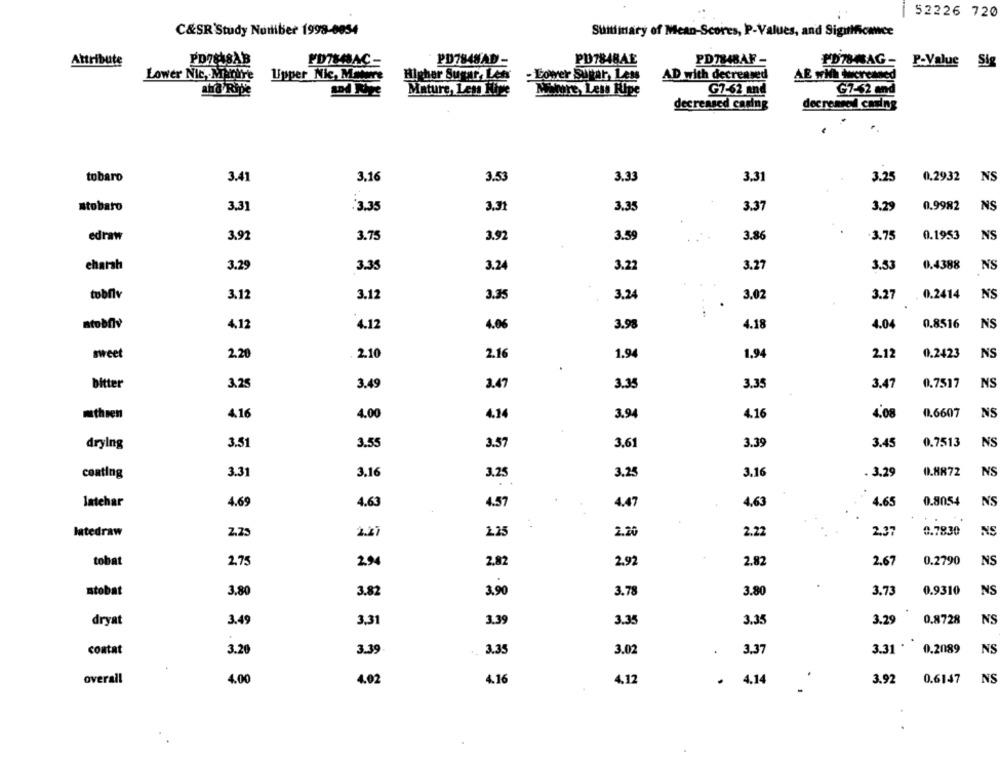
52226 720
C&SR'Study Nurliber 1998-0054
Suitimmary of Mean-Scores, P-Values, and Siginificance
PD78MAC-
PD7848AD-
PD7848AE
PD784BAF-
PD78MAG-
Attribute
P-Value Sig
Lower Nic, Marine
Upper Nic, Matare
Higher Sugar, Lets
- Lower Supar, Less
AD with decreased
AE wHh increased
ahid Ripe
Mature, Les Kive
Mature Less Ripe
G7-62 and
G7-62 and
decreased caring
tobaro
3.41
3.16
3.53
3.33
3.3
3.25
0.2932
NS
3.31
:3.35
3.31
3.35
3.37
3.29
0.9982
NS
Mtobaro
edraw
3.92
3.75
3.92
3.59
3.86
3.75
0.1953
NS
eharsh
3.29
3.35
3.24
3.22
3.27
3.53
0.4388
NS
tobflv
3.12
3.12
3.35
3.24
3.02
3.27
0.2414
NS
Btobfly
4,12
4.12
4.06
3.98
4.18
4.04
0.8516
NS
sweet
2.20
2.10
2.16
1.94
1.94
2.12
0.2423
NS
bitter
3.25
3.49
3.47
3.35
3.35
3.47
0.7517
NS
NS
mthsen
4.16
4.00
4.14
3.94
4.16
4.08
0.6607
3.61
3.39
0.7513
NS
drying
3.51
3.55
3.57
3.45
3.31
3.16
3.25
3.16
. 3.29
0.8872
NS
coating
3.25
latehar
4.69
4.63
4.57
4.47
4,63
4.65
0.8054
NS
latedraw
2,25
2.25
2.20
2.22
2,37
0.7830
NS
tobat
2.75
29
2.82
2.92
2.82
2.67
0.2790
NS
ntobat
3.80
3.82
3.90
3.78
3.80
3.73
0.9310
NS
dryat
3.49
3,31
3.39
3.35
3.35
3.29
0.8728
NS
3.31 *
0.2089
NS
contat
3.20
3.39
3.35
3.02
3.37
overall
4.02
NS
4.00
4.16
4.12
.
4.14
.
3.92
0.6147
.